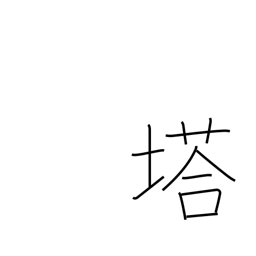
Meaning: pagoda